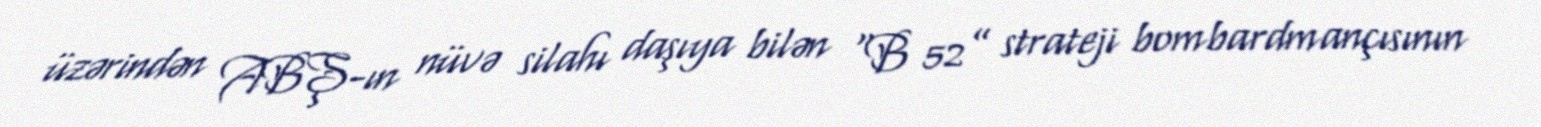
üzərindən ABŞ-ın nüvə silahı daşıya bilən “B 52” strateji bombardmançısının